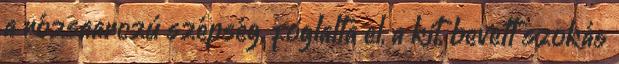
a rózsaarczú szépség, foglalta el, a kit, bevett szokás